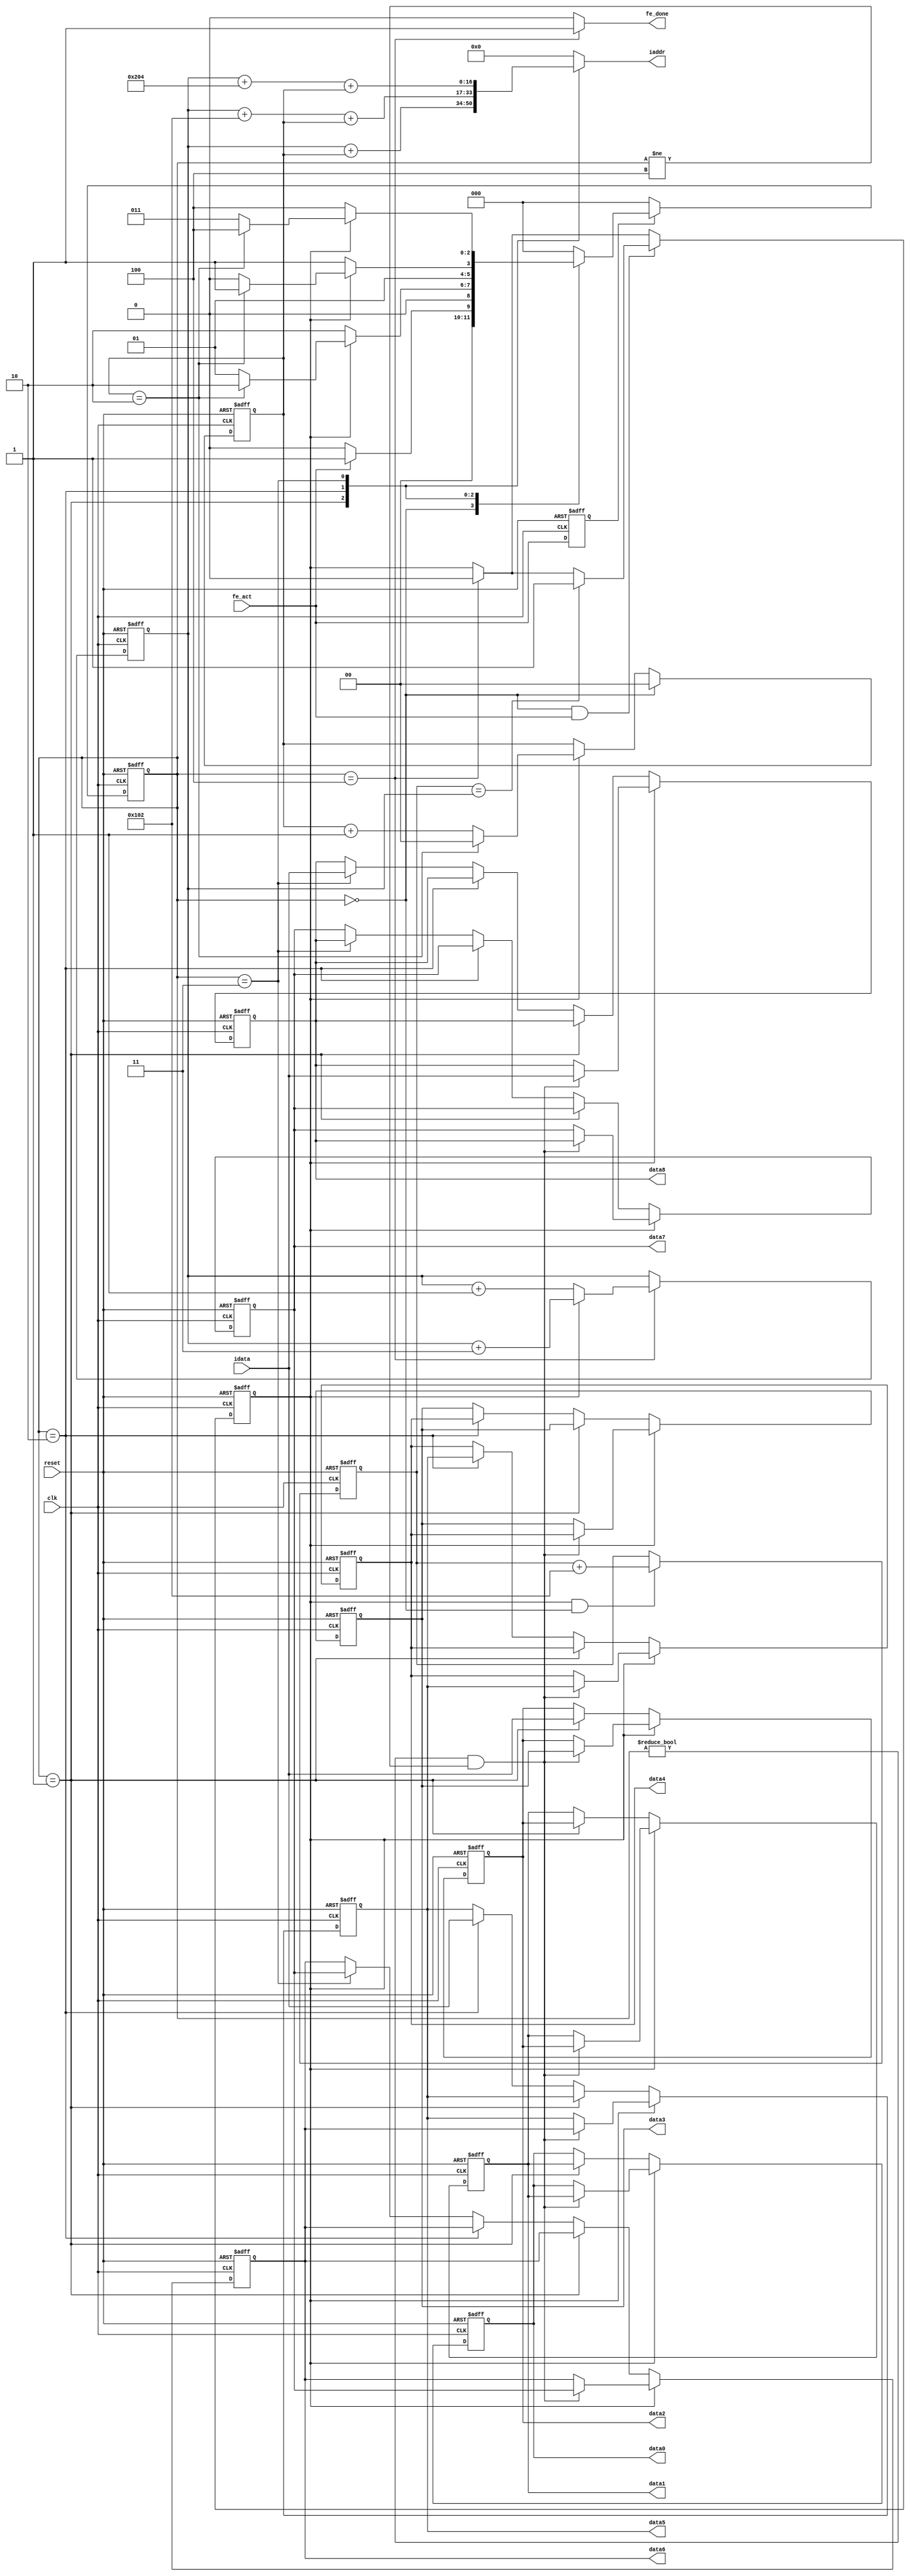
module fe(clk, reset, fe_act, idata, iaddr, fe_done, data0, data1, data2, data3, data4, data5, data6, data7, data8);
input			 		 clk;
input 		 		 reset;
input 		 		 fe_act;
input		[ 7:0] idata;

output 	[16:0] iaddr;
output 				 fe_done;
output 	[ 7:0] data0;
output 	[ 7:0] data1;
output 	[ 7:0] data2;
output 	[ 7:0] data3;
output 	[ 7:0] data4;
output 	[ 7:0] data5;
output 	[ 7:0] data6;
output 	[ 7:0] data7;
output 	[ 7:0] data8;

reg			[16:0] iaddr;

reg			[ 2:0] cs;
reg 		[ 2:0] ns;

reg 					 act;
reg						 trap;
reg						 fe_done;

reg			[ 1:0] cnt;

reg			[16:0] base_addr;
reg			[16:0] curr_addr;
reg 		[ 7:0] data [0:8];
 
parameter NEXT_LINE  = 12'd258,
					THIRD_LINE = 12'd516;

parameter IDLE = 3'b000,
					FL   = 3'b001,
					NL   = 3'b010,
					TL   = 3'b011,
					DONE = 3'b100;

always @(posedge clk or posedge reset) begin
	if(reset) begin
		act <= 0;
	end
	else begin
		act <= fe_act;
	end
end

always @(posedge clk or posedge reset) begin
	if(reset) begin
		cs <= IDLE;
	end
	else begin
		if(act) begin
			cs <= ns;
		end
		else begin
			cs <= IDLE;
		end
	end
end

always @(*) begin
	case(cs)
		IDLE: begin
			ns = fe_act ? FL : IDLE;
		end
		FL:	begin
			if(trap) begin
				ns = cnt == 2 ? NL : FL;
			end
			else begin
				ns = NL;
			end
		end
		NL:	begin
			if(trap) begin
				ns = cnt == 2 ? TL : NL;
			end
			else begin
				ns = TL;
			end
		end
		TL: begin
			if(trap) begin
				ns = cnt == 2 ? DONE : TL;
			end
			else begin
				ns = DONE;
			end
		end
		DONE: begin
				ns = IDLE;
		end
		default: ns = IDLE;
	endcase
end

always @(*) begin
	fe_done = 0;
	case(cs)
		DONE: fe_done = 1;
	endcase
end

always @(posedge clk or posedge reset) begin
	if(reset) begin
		cnt <= 0;
	end
	else begin
		if(cs == IDLE) begin
			cnt <= 0;
		end
		else begin
			if(trap) begin
				if(cnt == 2) begin
					cnt <= 0;
				end
				else begin
					cnt <= cnt + 1'b1;
				end
			end
		end
	end
end

always @(posedge clk or posedge reset) begin
	if(reset) begin
		trap <= 0;
	end
	else begin
		if(cs == DONE) trap <= 0;
		if(cs == IDLE && fe_act) begin
			if(base_addr == curr_addr) begin
				trap <= 1;
			end
		end
	end
end

always @(posedge clk or posedge reset) begin
	if(reset) begin
		base_addr <= 0;
	end
	else begin
		if(trap && cs == IDLE) begin
			base_addr <= base_addr + NEXT_LINE; 
		end
	end
end

always @(posedge clk or posedge reset) begin
	if(reset) begin
		curr_addr <= 0;
	end
	else begin 
		if(cs == DONE) begin
			if(trap) begin
				curr_addr <= curr_addr + 2'b11;
			end
			else
				curr_addr <= curr_addr + 1'b1;
		end
	end
end

always @(*) begin
	iaddr = 0;
	case(cs) 
		FL: begin
			iaddr = curr_addr + cnt;
		end
		NL: begin
			iaddr = (curr_addr + NEXT_LINE) + cnt;
		end
		TL: begin
			iaddr = (curr_addr + THIRD_LINE) + cnt;
		end
	endcase
end

integer i;
always @(posedge clk or posedge reset) begin
	if(reset) begin
		for(i=0; i<9; i=i+1) begin
			data[i] <= 0;
		end
	end
	else begin
		if(trap) begin
			if(cs != IDLE && cs != DONE) begin
				data[8] <= idata;
				for(i=0; i<8;i=i+1) begin
					data[i] <= data[i+1];
				end
			end
		end
		else begin
			if(cs == FL) begin
				data[0] <= data[1];
				data[1] <= data[2];
				data[2] <= idata;
			end
			else if(cs == NL) begin
				data[3] <= data[4];
				data[4] <= data[5];
				data[5] <= idata;
			end
			else if(cs == TL) begin
				data[6] <= data[7];
				data[7] <= data[8];
				data[8] <= idata;
			end
		end	
	end
end

assign data0 = data[0];
assign data1 = data[1];
assign data2 = data[2];
assign data3 = data[3];
assign data4 = data[4];
assign data5 = data[5];
assign data6 = data[6];
assign data7 = data[7];
assign data8 = data[8];

endmodule